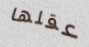
عقلها